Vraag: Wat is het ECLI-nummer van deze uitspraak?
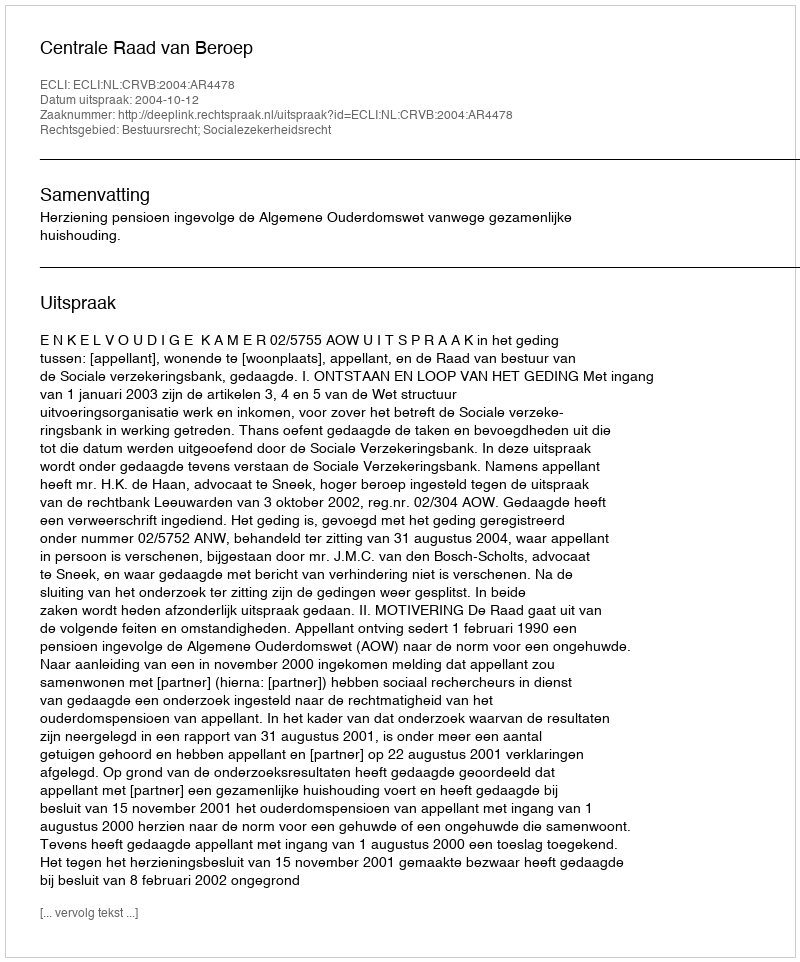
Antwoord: ECLI:NL:CRVB:2004:AR4478